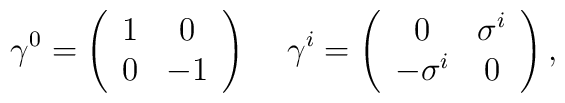
\gamma^0=\left(\begin{array}{cc}       1 & 0 \\ 0 & -1 \end{array}\right)\, \quad  \gamma^i=\left(\begin{array}{cc} 0 & \sigma^i \\ -\sigma^i & 0 \end{array}\right),